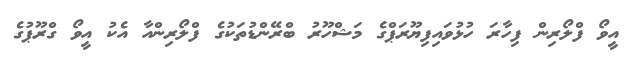
އީވޯ ފްލޯރިން ފިހާރަ ހުޅުވައިފިޔޫރަޕްގެ މަޝްހޫރު ބްރޭންޑުތަކުގެ ފްލޯރިންއާ އެކު އީވޯ ގްރޫޕުގެ